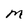
Character: M